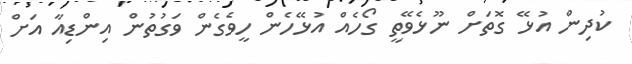
ކުދިން އުޅޭ ގޮތަށް ނޫޅެވޭތީ ގޯހެއް އުޅޭހެން ހީވެގެން ވަގުތުން އިންޑިއާ އަށް